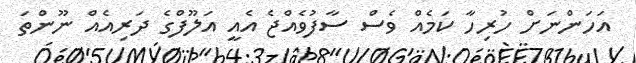
އަހަންނަށް ހުރިހާ ކަމެއް ވެސް ސާފުވެއްޖެ އެއީ އަލޫފްގެ ދަރިއެއް ނޫންތަ